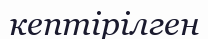
кептірілген